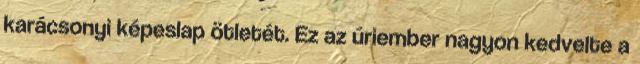
karácsonyi képeslap ötletét. Ez az úriember nagyon kedvelte a